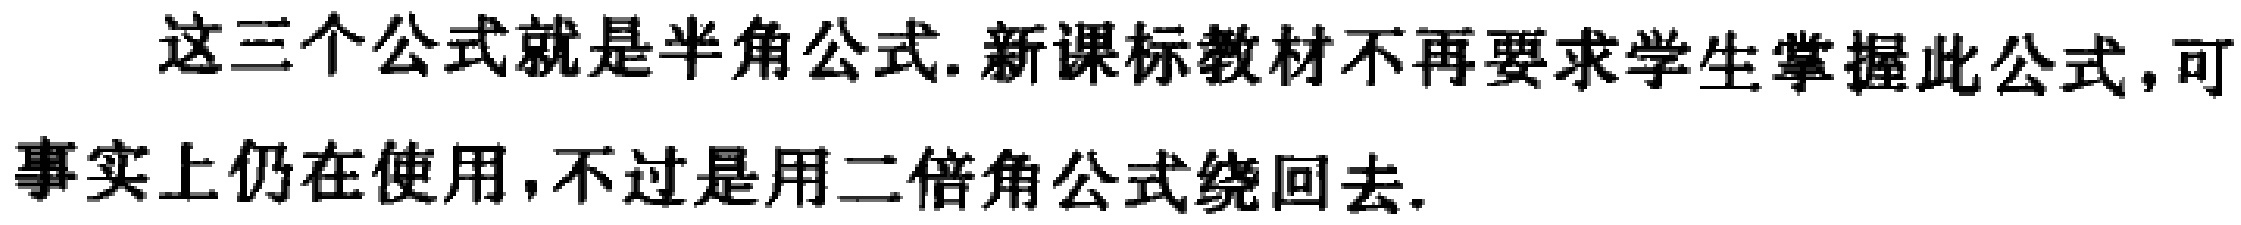
这三个公式就是半角公式. 新课标教材不再要求学生掌握此公式,可事实上仍在使用,不过是用二倍角公式绕回去.